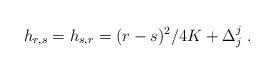
LaTeX: \begin{align*}h_{r,s}=h_{s,r}=(r-s)^2/4K+\Delta^j_j{}~.\end{align*}